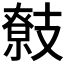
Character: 𢻢